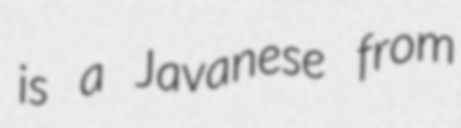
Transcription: is a Javanese from